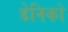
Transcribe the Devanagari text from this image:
डेनिको